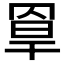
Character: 𦋃